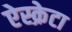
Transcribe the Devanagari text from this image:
ऐस्क्रेटा